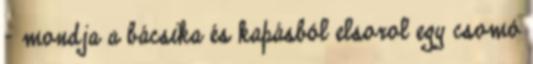
- mondja a bácsika és kapásból elsorol egy csomó